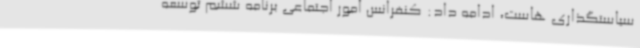
سیاستگذاری هاست، ادامه داد: کنفرانس امور اجتماعی برنامه ششم توسعه